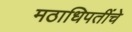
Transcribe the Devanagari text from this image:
मठाधिपतींचे